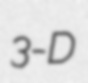
3-D